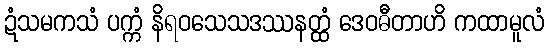
ဍံသမကသံ ပက္ကံ နိရဝသေသဒဿနတ္ထံ ဒေဝဓီတာဟိ ကထာမူလံ